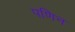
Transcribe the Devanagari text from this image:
पणिन